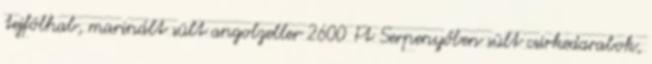
tejfölhab, marinált sült angolzeller 2600 Ft Serpenyőben sült csirkedarabok,